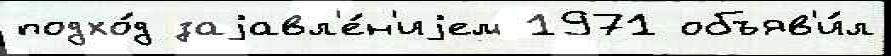
подхо́д заjавл'е́н'иjем 1971 объяв'и́л